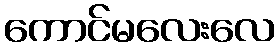
ကောင်မလေးလေ